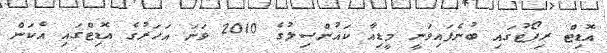
އޮޑިޓް ރިޕޯޓުގައި ބުނެފައިވަނީ މީޑިއާ ކައުންސިލުގެ 2010 ވަނަ އަހަރުގެ އޮޑިޓްގައި އެކަން